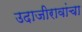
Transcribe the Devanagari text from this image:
उदाजीरावांचा